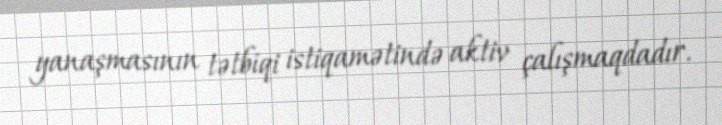
yanaşmasının tətbiqi istiqamətində aktiv çalışmaqdadır.